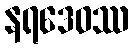
နရဒေဝဿ